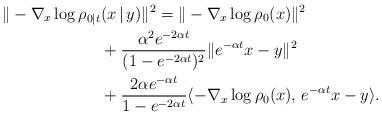
LaTeX: \begin{align*}\|-\nabla_x \log \rho_{0|t}&(x\,|\,y)\|^2 = \|-\nabla_x \log \rho_0(x)\|^2 \\&+ \frac{\alpha^2 e^{-2\alpha t}}{(1-e^{-2\alpha t})^2}\|e^{-\alpha t}x-y\|^2 \\&+ \frac{2\alpha e^{-\alpha t}}{1-e^{-2\alpha t}} \langle -\nabla_x \log \rho_0(x), \, e^{-\alpha t}x-y \rangle.\end{align*}